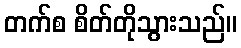
တက်စ စိတ်တိုသွားသည်။